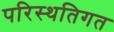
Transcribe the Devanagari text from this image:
परिस्थतिगत